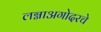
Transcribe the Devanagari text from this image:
लग्नाअगोदरचे